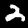
Digit: 2